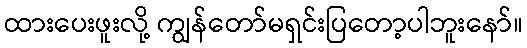
ထားပေးဖူးလို့ ကျွန်တော်မရှင်းပြတော့ပါဘူးနော်။